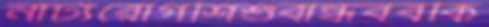
নাট্যরোগশিশুবান্ধববকি